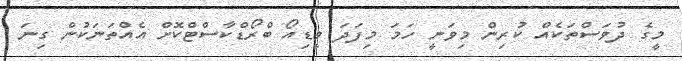
މީގެ ދުވަސްތަކެއް ކުރިން މިވަނީ ހަމަ މިފަދަ ވީޑިއޯ ބްރޯޑްކާސްޓްކޮށް އެއްތަނަކުން ގިނަ